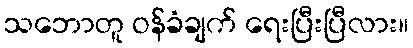
သဘောတူ ဝန်ခံချက် ရေးပြီးပြီလား။